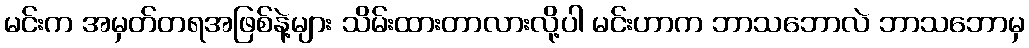
မင်းက အမှတ်တရအဖြစ်နဲ့များ သိမ်းထားတာလားလို့ပါ မင်းဟာက ဘာသဘောလဲ ဘာသဘောမှ